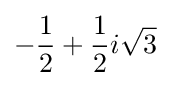
-{\frac {1}{2}}+{\frac {1}{2}}i{\sqrt {3}}